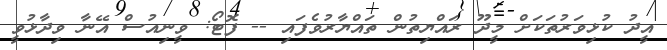
އީދު ކުޅިވަރުތަކަށް މީދޫ ރައްޔިތުން ތައްޔާރުވެފައި -- ފޮޓޯ: ވީނިއުސް އޭނާ ވިދާޅުވީ